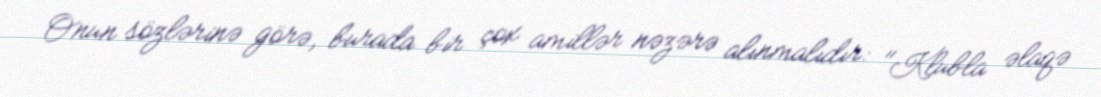
Onun sözlərinə görə, burada bir çox amillər nəzərə alınmalıdır: "Klubla əlaqə